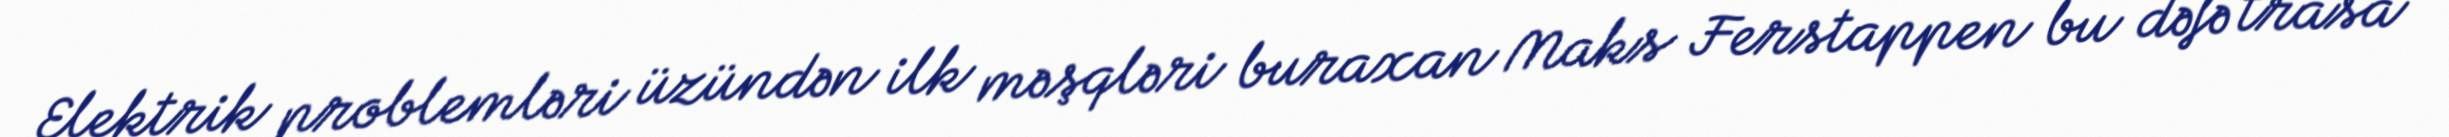
Elektrik problemləri üzündən ilk məşqləri buraxan Maks Ferstappen bu dəfə trasa